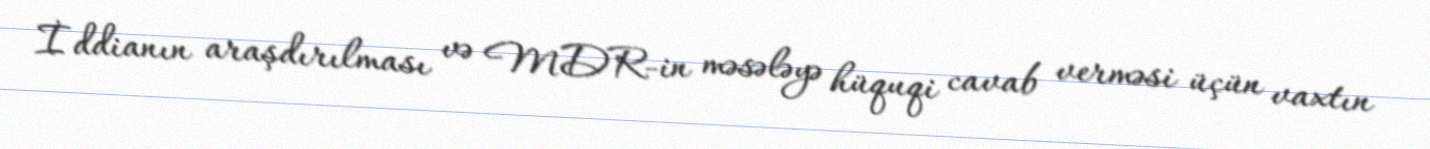
İddianın araşdırılması və MDR-in məsələyə hüquqi cavab verməsi üçün vaxtın